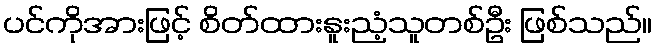
ပင်ကိုအားဖြင့် စိတ်ထားနူးညံ့သူတစ်ဦး ဖြစ်သည်။